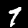
Digit: 7